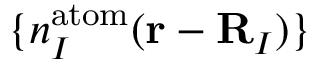
\{ n _ { I } ^ { \mathrm { a t o m } } ( { \bf r } - { \bf R } _ { I } ) \}